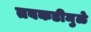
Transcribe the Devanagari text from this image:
तबकडीमुळे